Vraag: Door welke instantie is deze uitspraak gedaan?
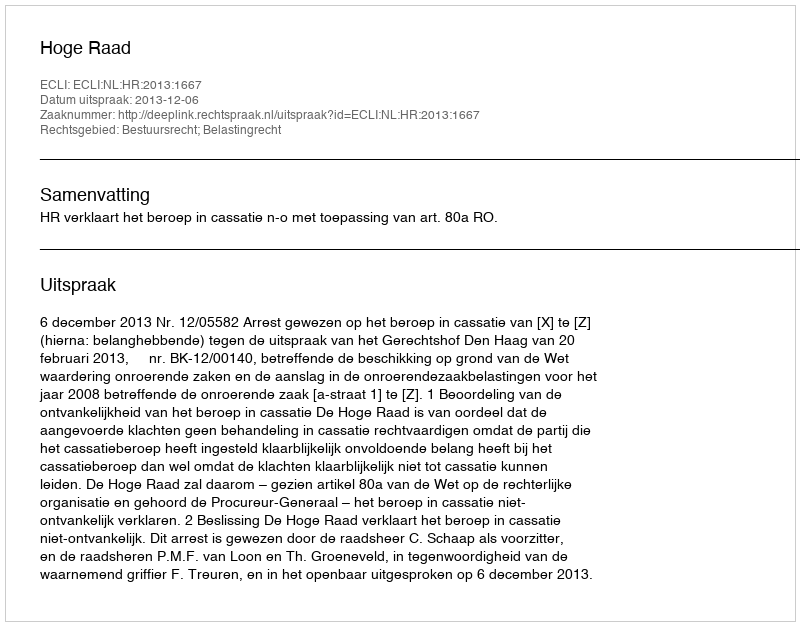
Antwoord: Hoge Raad